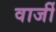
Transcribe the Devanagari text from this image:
वार्जी